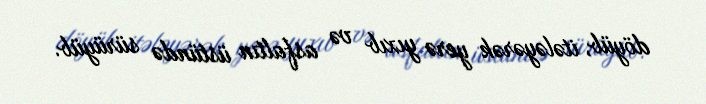
döyüb, itələyərək yerə yıxıb və asfaltın üstündə sürüyüb.